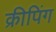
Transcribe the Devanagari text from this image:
क्रीपिंग